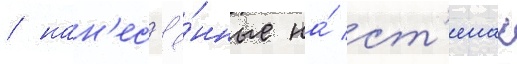
/ нан'ес'ё́нные на́ ст'енах